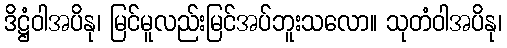
ဒိဋ္ဌံဝါအပိနု၊ မြင်မူလည်းမြင်အပ်ဘူးသလော။ သုတံဝါအပိနု၊